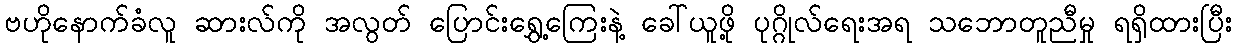
ဗဟိုနောက်ခံလူ ဆားလ်ကို အလွတ် ပြောင်းရွှေ့ကြေးနဲ့ ခေါ်ယူဖို့ ပုဂ္ဂိုလ်ရေးအရ သဘောတူညီမှု ရရှိထားပြီး